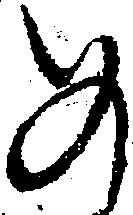
め